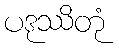
ပဒုဿိတုံ